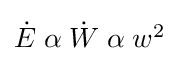
\textstyle {\dot {E}}\;\alpha \;{\dot {W}}\;\alpha \;w^{2}